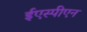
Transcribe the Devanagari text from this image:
ईएस्पीएन